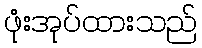
ဖုံးအုပ်ထားသည်